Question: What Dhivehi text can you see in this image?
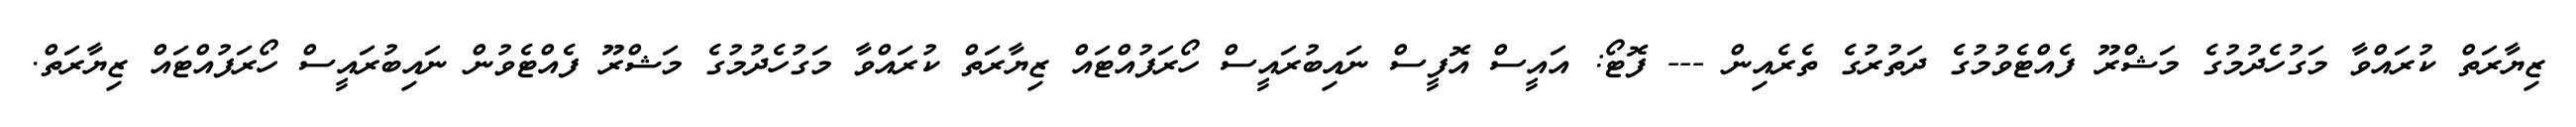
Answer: ޒިޔާރަތް ކުރައްވާ މަގުހެދުމުގެ މަޝްރޫ ފެއްޓެވުމުގެ ދަތުރުގެ ތެރެއިން --- ފޮޓޯ: އައީސް އޮފީސް ނައިބުރައީސް ހޯރަފުއްޓައް ޒިޔާރަތް ކުރައްވާ މަގުހެދުމުގެ މަޝްރޫ ފެއްޓެވުން ނައިބުރައީސް ހޯރަފުއްޓައް ޒިޔާރަތް.